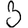
Digit: 3